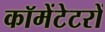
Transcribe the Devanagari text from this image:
कॉमेंटेटरों